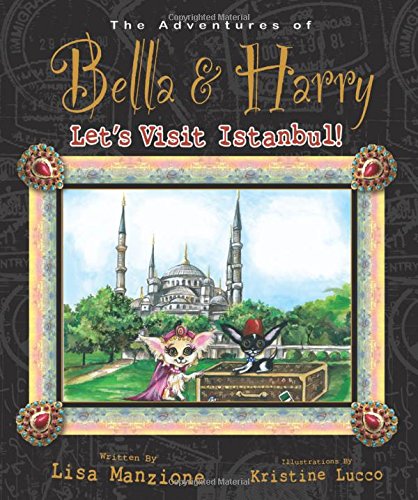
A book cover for Let's Visit Istanbul!: Adventures of Bella & Harry; Lisa Manzione; Travel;